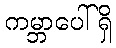
ကမ္ဘာပေါ်ရှိ